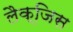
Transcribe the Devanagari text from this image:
लैक्जि़स